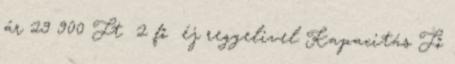
ár 29 900 Ft 2 fő éj reggelivel Kapacitás Fő